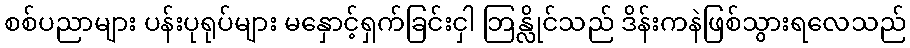
စစ်ပညာများ ပန်းပုရုပ်များ မနှောင့်ရှက်ခြင်းငှါ ဘြန္လိုင်သည် ဒိန်းကနဲဖြစ်သွားရလေသည်